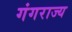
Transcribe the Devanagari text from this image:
गंगराज्य